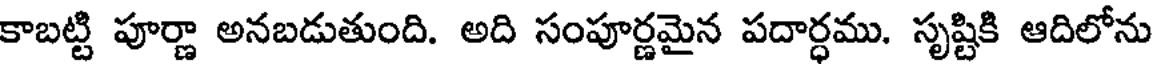
కాబట్టి పూర్ణా అనబడుతుంది. అది సంపూర్ణమైన పదార్ధము. సృష్టికి ఆదిలోను